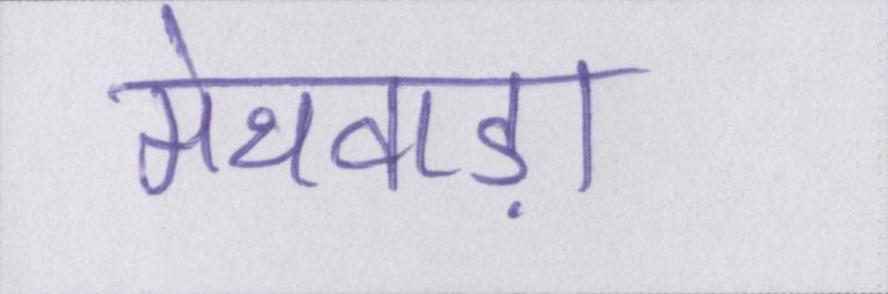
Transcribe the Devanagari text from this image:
मेथवाड़ा